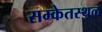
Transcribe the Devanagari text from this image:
सम्केतस्थळ